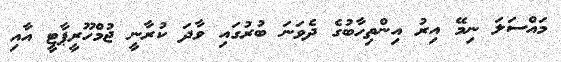
މައްސަލަ ނިމޭ އިރު އިންތިހާބުގެ ދެވަނަ ބުރުގައި ވާދަ ކުރާނީ ޖުމްހޫރީޕާޓީ އާއި